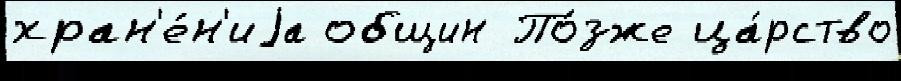
хран'е́н'иjа общин По́зже ца́рство